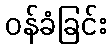
ဝန်ခံခြင်း